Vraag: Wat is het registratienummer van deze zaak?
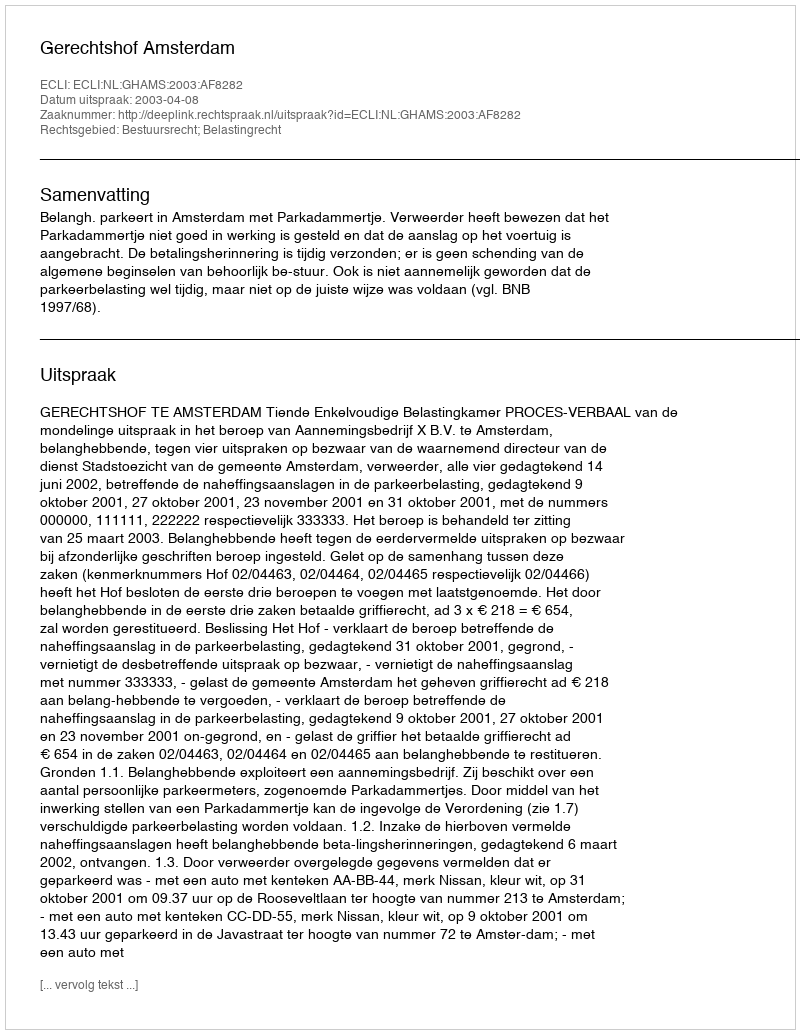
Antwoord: http://deeplink.rechtspraak.nl/uitspraak?id=ECLI:NL:GHAMS:2003:AF8282